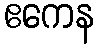
ဧကေန